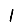
Digit: 1